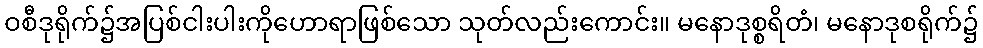
ဝစီဒုရိုက်၌အပြစ်ငါးပါးကိုဟောရာဖြစ်သော သုတ်လည်းကောင်း။ မနောဒုစ္စရိတံ၊ မနောဒုစရိုက်၌